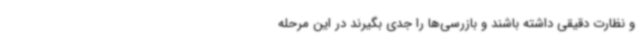
و نظارت دقیقی داشته باشند و بازرسی‌ها را جدی بگیرند در این مرحله